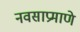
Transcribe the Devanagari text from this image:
नवसाप्रमाणे